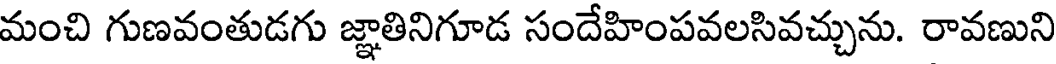
మంచి గుణవంతుడగు జ్ఞాతినిగూడ సందేహింపవలసివచ్చును. రావణుని